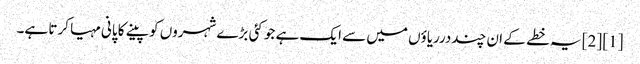
[1] [2] یہ خطے کے ان چنددرریاؤں میں سے ایک ہے جو کئی بڑے شہروں کو پینے کا پانی مہیا کرتا ہے۔